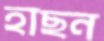
হাছন